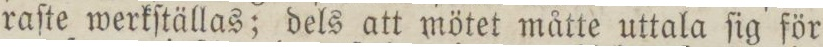
raſte werkſtällas; dels att mötet måtte uttala ſig för